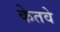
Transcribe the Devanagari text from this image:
केतवे